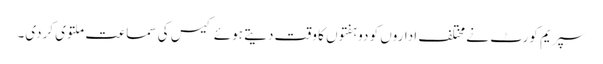
سپریم کورٹ نے مختلف اداروں کو دو ہفتوں کا وقت دیتے ہوئے کیس کی سماعت ملتوی کردی۔